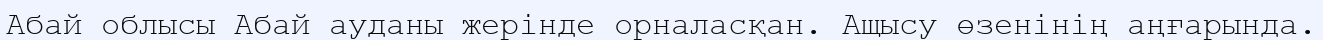
Абай облысы Абай ауданы жерінде орналасқан. Ащысу өзенінің аңғарында.